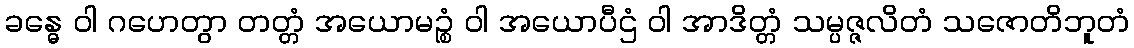
ခန္ဓေ ဝါ ဂဟေတွာ တတ္တံ အယောမဉ္စံ ဝါ အယောပီဌံ ဝါ အာဒိတ္တံ သမ္ပဇ္ဇလိတံ သဇောတိဘူတံ